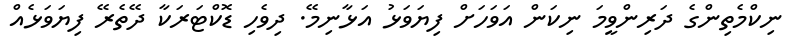
ނިކްމެތިންގެ ދަރިންވީމަ ނިކަން އަވަހަށް ފިޔަވަޅު އަޅާނިމޭ. ދިވެހި ޑޮކްޓަރަކާ ދޭތެރޭ ފިޔަވަޅެއް